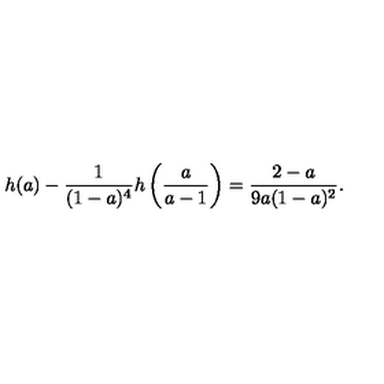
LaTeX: h ( a ) - { \frac { 1 } { ( 1 - a ) ^ { 4 } } } h \left( { \frac { a } { a - 1 } } \right) = { \frac { 2 - a } { 9 a ( 1 - a ) ^ { 2 } } } .